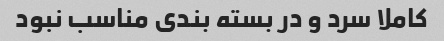
کاملا سرد و در بسته بندی مناسب نبود